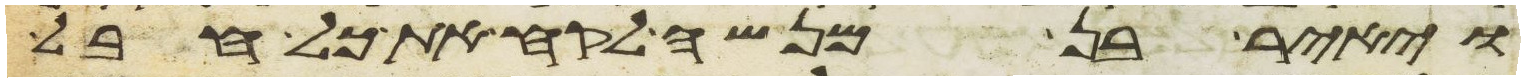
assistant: ויאיר בן מנשה לקח את כל חבל